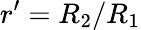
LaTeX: r^{\prime}=R_{2}/R_{1}